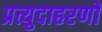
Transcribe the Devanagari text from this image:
प्रत्युदाहरणों